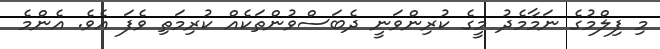
މި ފިލްމުގެ ނަމާމެދު މީގެ ކުރިންވަނީ ދެބަސްވުންތަކެއް ކުރިމަތި ވެފަ އެވެ. އެންމެ